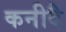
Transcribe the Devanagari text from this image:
कनीदै